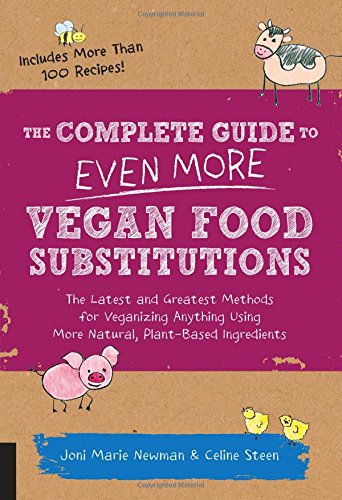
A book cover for The Complete Guide to Even More Vegan Food Substitutions: The Latest and Greatest Methods for Veganizing Anything Using More Natural, Plant-Based Ingredients * Includes More Than 100 Recipes!; Celine Steen; Cookbooks, Food & Wine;